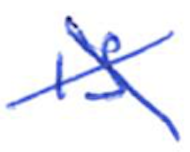
Text: is
Cross-out: cross
Writing tool: ballpoint